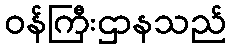
ဝန်ကြီးဌာနသည်